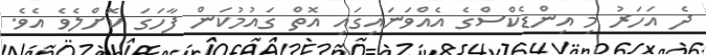
ދެ އަހަރު މި އިންޑެކްސްގެ އެއްވަނައިގައި އޮތް ގައުމުކަން ފާހަގަ ކޮށްލެވެ އެވެ.